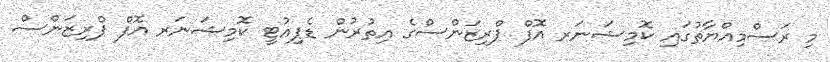
މި ރަސްމިއްޔާތުގައި ކޮމިޝަނަރ އޮފް ޕްރިޒަންސްގެ އިތުރުން ޑެޕިއުޓީ ކޮމިޝަނަރ އޮފް ޕްރިޒަންސް